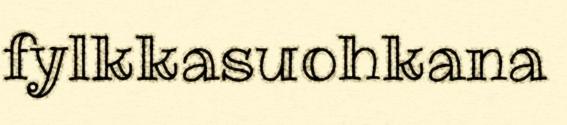
fylkkasuohkana